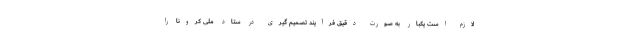
لازم است یکبار به صورت دقیق فرآیند تصمیم گیری در ستاد ملی کرونا را